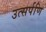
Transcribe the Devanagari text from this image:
उत्सर्पणि